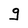
Character: g